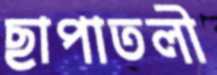
ছাপাতলী